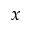
x